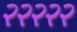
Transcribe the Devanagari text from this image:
२२२२२